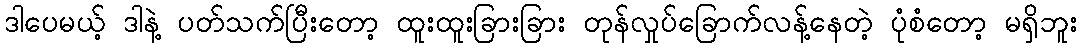
ဒါပေမယ့် ဒါနဲ့ ပတ်သက်ပြီးတော့ ထူးထူးခြားခြား တုန်လှုပ်ခြောက်လန့်နေတဲ့ ပုံစံတော့ မရှိဘူး